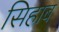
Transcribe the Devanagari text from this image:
सिहाब